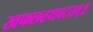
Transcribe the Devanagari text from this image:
खफछठथचटतव्॥